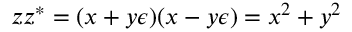
z z ^ { \ast } = ( x + y \epsilon ) ( x - y \epsilon ) = x ^ { 2 } + y ^ { 2 }